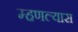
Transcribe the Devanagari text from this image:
म्हणल्यास